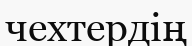
чехтердің